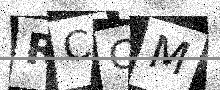
Text: RCCM